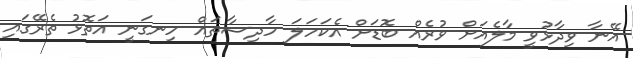
އޭނާ ވިދާޅުވީ މާލެއަށް ވުރެއް ބޮޑަށް އެކަހަލަ ހާދިސާތައް ހިނގަނީ އަތޮޅު ތެރޭގައި